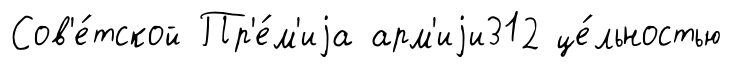
Сов'е́тской Пр'е́м'иjа арм'иjи312 це́льностью